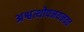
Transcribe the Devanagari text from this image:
अश्वत्थोपनयनव्रत